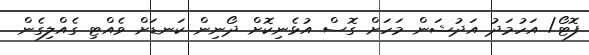
ފޮޓޯ/ އަހުމަދު އަދުޝަން މަހަށް ގޮސް އުޅެނިކޮށް ދޯނިން ކަނޑަށް ވެއްޓި ގެއްލިގެން